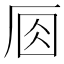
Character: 𠩛